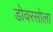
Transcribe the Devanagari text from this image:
डोवरसोला